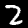
Label: 2